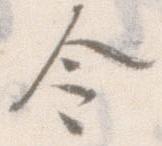
令